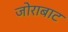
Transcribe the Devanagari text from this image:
जोराबाट